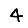
Digit: 4